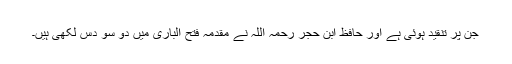
جن پر تنقید ہوئی ہے اور حافظ ابن حجر رحمہ اللہ نے مقدمہ فتح الباری میں دو سو دس لکھی ہیں۔